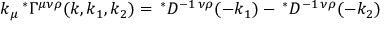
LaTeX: k _ { \mu } \, ^ { \ast } \Gamma ^ { \mu \nu \rho } ( k , k _ { 1 } , k _ { 2 } ) = \, ^ { \ast } { \cal D } ^ { - 1 \, \nu \rho } ( - k _ { 1 } ) - \, ^ { \ast } { \cal D } ^ { - 1 \, \nu \rho } ( - k _ { 2 } )